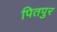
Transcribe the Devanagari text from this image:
पितपुर